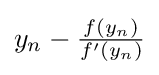
y_{n}-{\tfrac {f(y_{n})}{f'(y_{n})}}